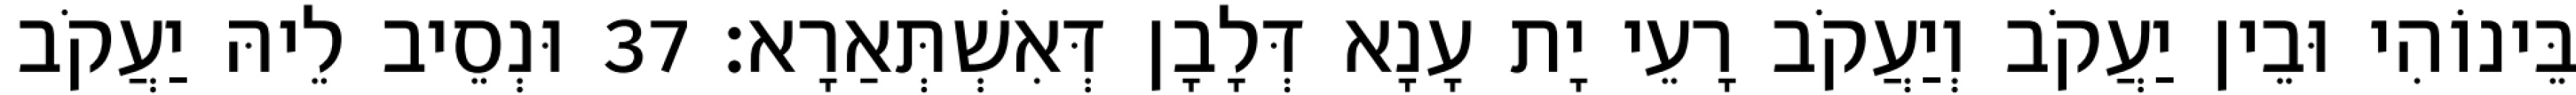
בֵּינוֹהִי וּבֵין יַעֲקֹב וְיַעֲקֹב רָעֵי יָת עָנָא דְּלָבָן דְּאִשְׁתְּאַרָא׃ 37 וּנְסֵיב לֵיהּ יַעֲקֹב